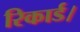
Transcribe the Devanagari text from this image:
रिकार्ड।